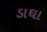
ડાઘા